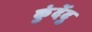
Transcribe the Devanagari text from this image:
कुंदेंदु